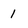
Character: 1